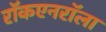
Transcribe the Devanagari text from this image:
राॅकएनराॅला